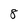
Character: 8